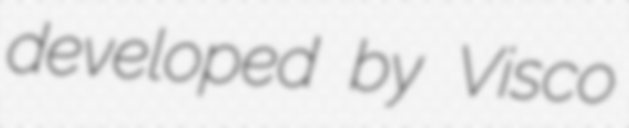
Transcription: developed by Visco